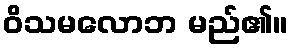
ဝိသမလောဘ မည်၏။